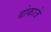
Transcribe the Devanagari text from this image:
बोकाजे